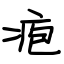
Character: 疱